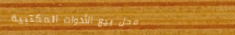
محل بيع الأدوات المكتبية